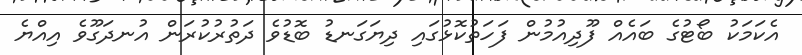
އެކަމަކު ބޯޓުގެ ބައެއް ފޫދިއުމުން ފަހަތުކޮޅުގައި ދިޔަގަނޑު ބޮޑުވެ ދަތުރުކުރަން އުނދަގޫވެ އިއްޔެ